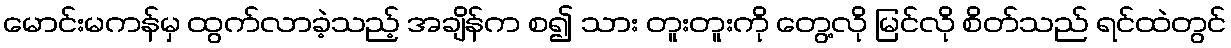
မောင်းမကန်မှ ထွက်လာခဲ့သည့် အချိန်က စ၍ သား တူးတူးကို တွေ့လို မြင်လို စိတ်သည် ရင်ထဲတွင်